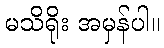
မသိရိုး အမှန်ပါ။